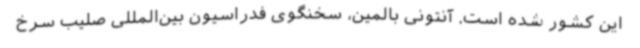
این کشور شده است. آنتونی بالمین، سخنگوی فدراسیون بین‌المللی صلیب سرخ